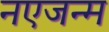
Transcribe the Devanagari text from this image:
नएजन्म